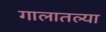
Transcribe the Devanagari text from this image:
गालातल्या